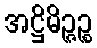
အဋ္ဌိမိဉ္ဇဉ္စ